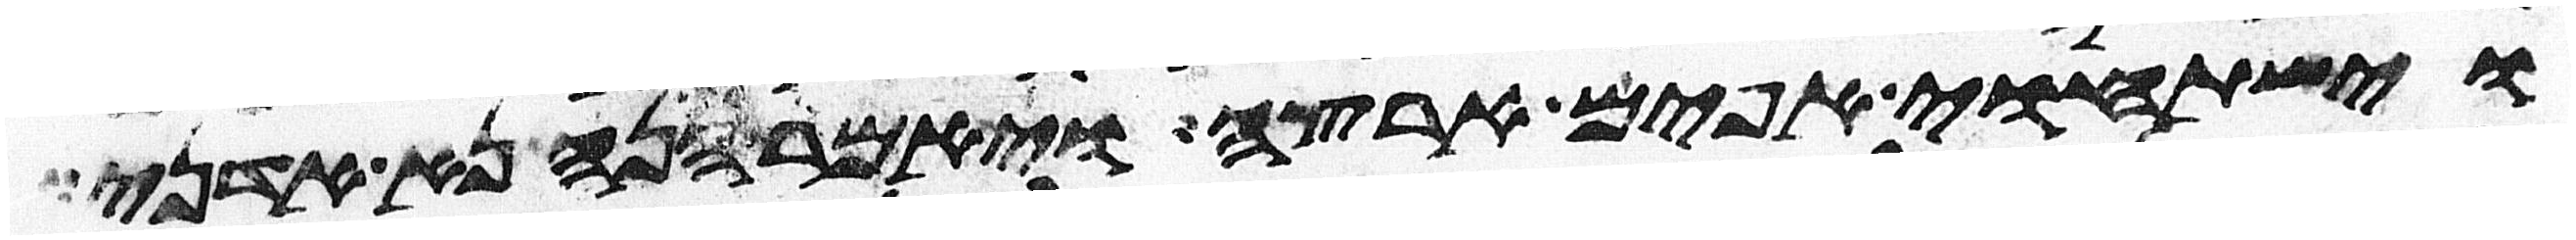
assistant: וישתחוי אפים ארצה ויאמר הנה נא אדני